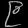
Digit: ၉